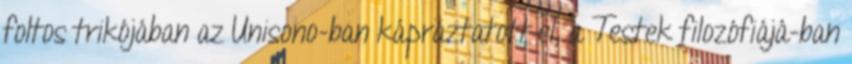
foltos trikójában az Unisono-ban kápráztatott el, a Testek filozófiájá-ban